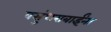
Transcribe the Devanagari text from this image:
वसुंधराबाईंना